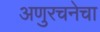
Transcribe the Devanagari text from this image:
अणुरचनेचा